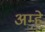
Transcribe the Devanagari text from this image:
अम्हे